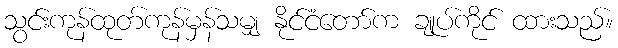
သွင်းကုန်ထုတ်ကုန်မှန်သမျှ နိုင်ငံတော်က ချုပ်ကိုင် ထားသည်။